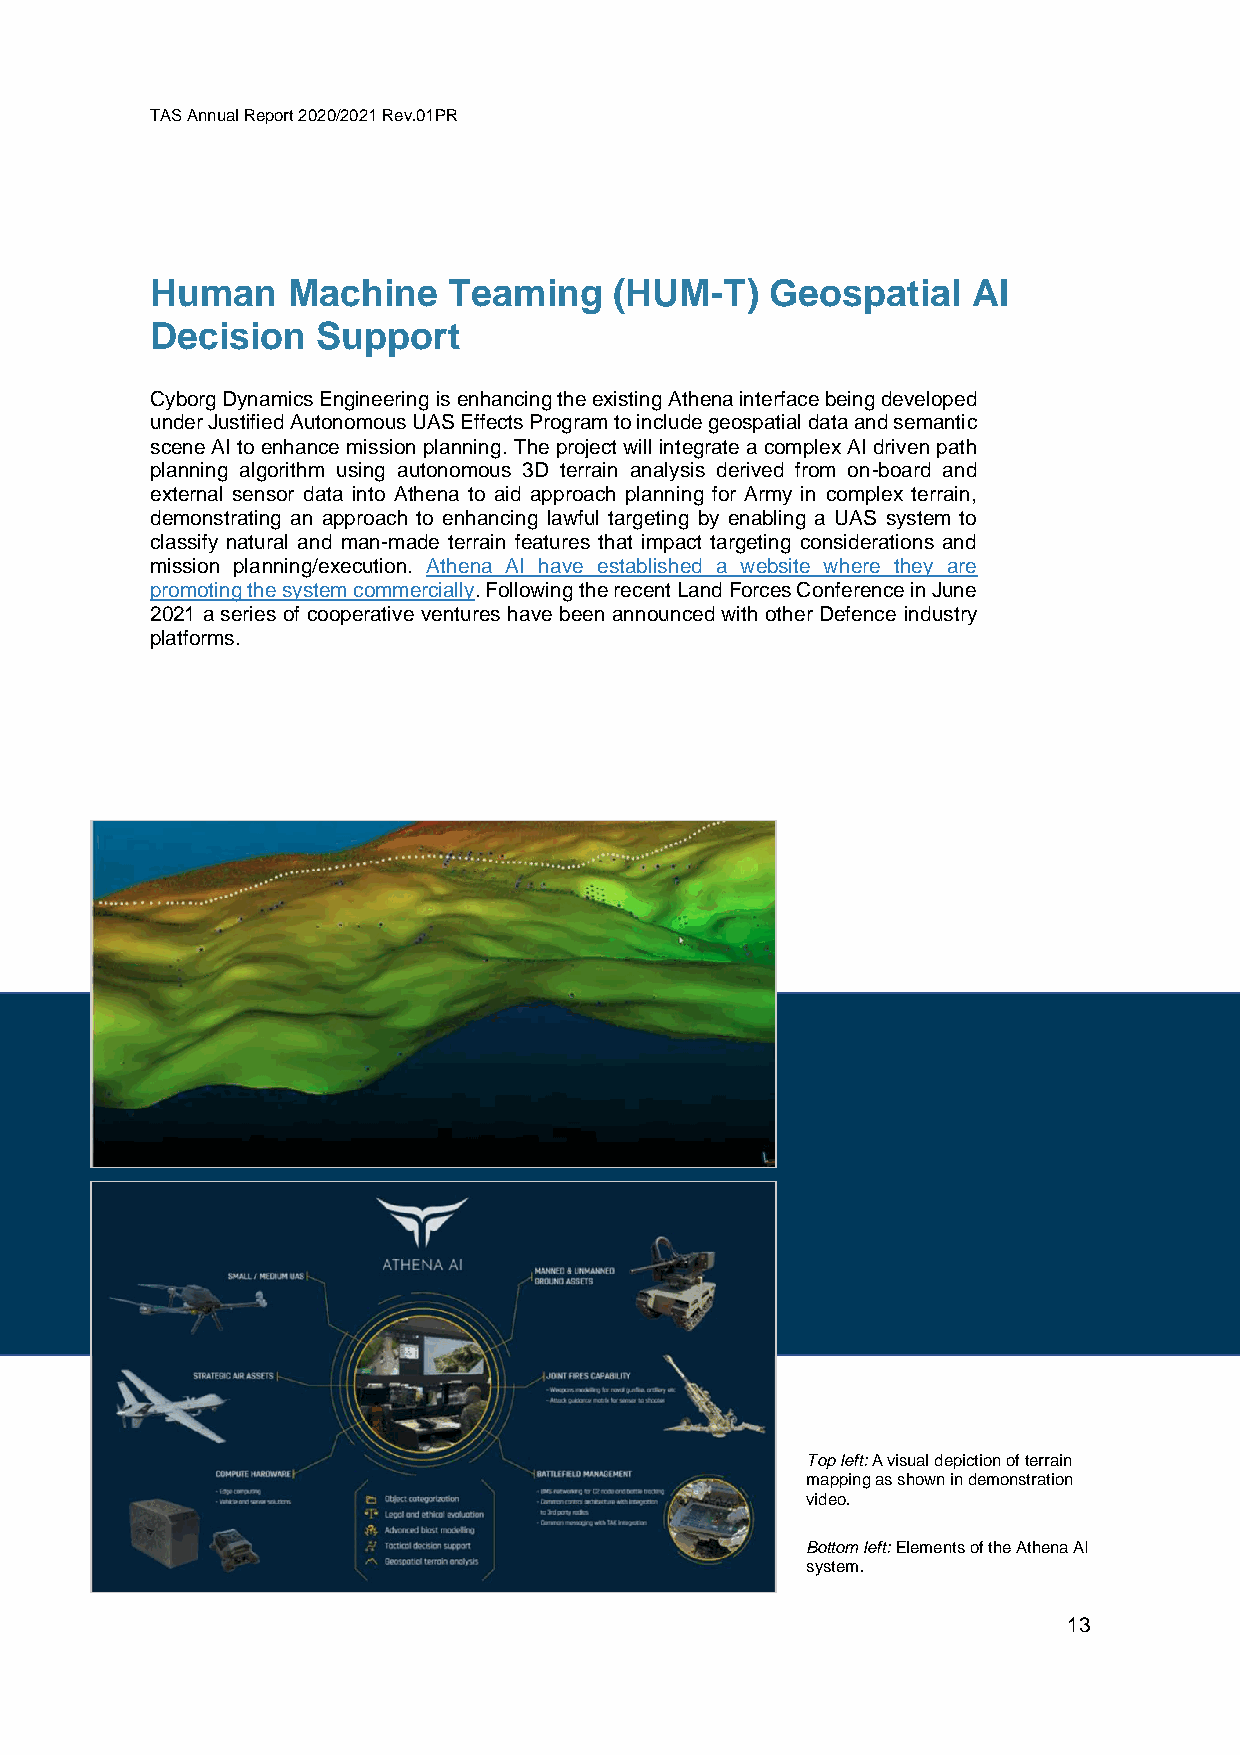
TAS Annual Report 2020/2021 Rev.01PR
 Human    Machine    Teaming    (HUM-T)   Geospatial   AI
 Decision   Support
 Cyborg Dynamics Engineering is enhancing the existing Athena interface being developed
 under Justified Autonomous UAS Effects Program to include geospatial data and semantic
 scene AI to enhance mission planning. The project will integrate a complex AI driven path
 planning algorithm using autonomous 3D terrain analysis derived from on-board and
 external sensor data into Athena to aid approach planning for Army in complex terrain,
 demonstrating an approach to enhancing lawful targeting by enabling a UAS system to
 classify natural and man-made terrain features that impact targeting considerations and
 mission planning/execution. Athena AI have established a website where they are
 promoting the system commercially. Following the recent Land Forces Conference in June
 2021 a series of cooperative ventures have been announced with other Defence industry
 platforms.
 Top left: A visual depiction of terrain
 mapping as shown in demonstration
 video.
 Bottom left: Elements of the Athena AI
 system.
 13